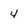
Character: 4